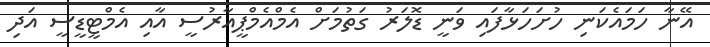
އޭނާ ހަމައެކަނި ހުށަހަޅާފައި ވަނީ ޑޮލަރު ގަތުމަށް އެމްއެމްޕީއާރުސީ އާއި އެމްޓީޑީސީ އަދި